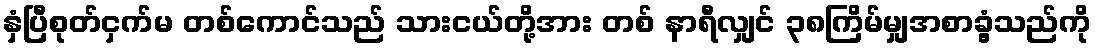
နှံပြီစုတ်ငှက်မ တစ်ကောင်သည် သားငယ်တို့အား တစ် နာရီလျှင် ၃၈ကြိမ်မျှအစာခွံ့သည်ကို